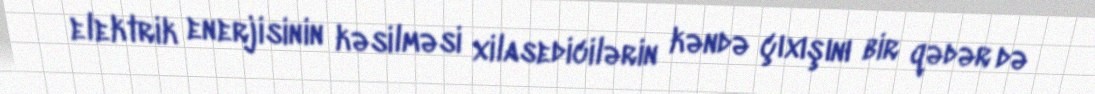
elektrik enerjisinin kəsilməsi xilasedicilərin kəndə çıxışını bir qədər də